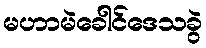
မဟာမဲခေါင်ဒေသခွဲ